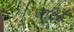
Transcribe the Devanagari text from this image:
लादेने